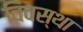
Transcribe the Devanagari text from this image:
विवस्था